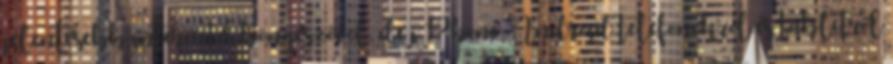
jelentősebb internetes böngészővel, de iPhone, Android telefonokról és tabletről